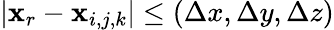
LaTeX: |{\mathbf x}_{r}-{\mathbf x}_{i,j,k}|\leq(\Delta x,\Delta y,\Delta z)